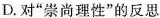
D.对”崇尚理性”的反思